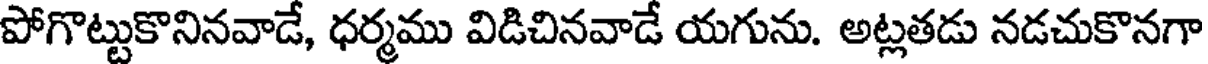
పోగొట్టుకొనినవాడే, ధర్మము విడిచినవాడే యగును. అట్లతడు నడచుకొనగా